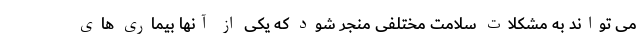
می تواند به مشکلات سلامت مختلفی منجر شود که یکی از آنها بیماری های